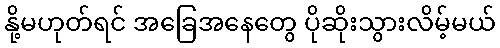
နို့မဟုတ်ရင် အခြေအနေတွေ ပိုဆိုးသွားလိမ့်မယ်